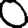
Digit: 0